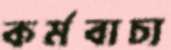
কর্মবাচ্য